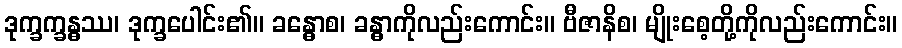
ဒုက္ခက္ခန္ဓဿ၊ ဒုက္ခပေါင်း၏။ ခန္ဓောစ၊ ခန္ဓာကိုလည်းကောင်း။ ဗီဇာနိစ၊ မျိုးစေ့တို့ကိုလည်းကောင်း။